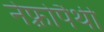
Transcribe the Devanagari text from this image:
नेफ़्रोपैथी